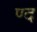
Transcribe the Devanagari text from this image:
ण्द